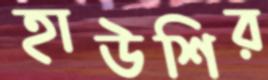
হাউশির